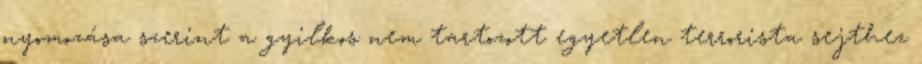
nyomozása szerint a gyilkos nem tartozott egyetlen terrorista sejthez